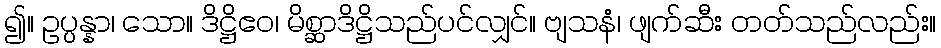
၍။ ဥပ္ပန္နာ၊ သော။ ဒိဋ္ဌိဧဝ၊ မိစ္ဆာဒိဋ္ဌိသည်ပင်လျှင်။ ဗျသနံ၊ ဖျက်ဆီး တတ်သည်လည်း။